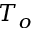
T _ { o }